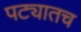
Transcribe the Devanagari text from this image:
पट्यातच